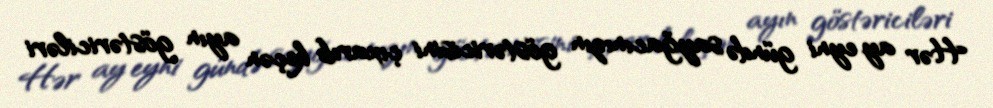
Hər ay eyni gündə sayğacınızın göstəricisini çıxarıb keçən ayın göstəriciləri